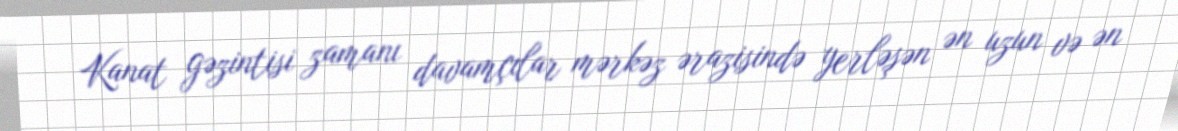
Kanat gəzintisi zamanı davamçılar mərkəz ərazisində yerləşən ən uzun və ən